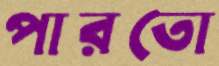
পারতো